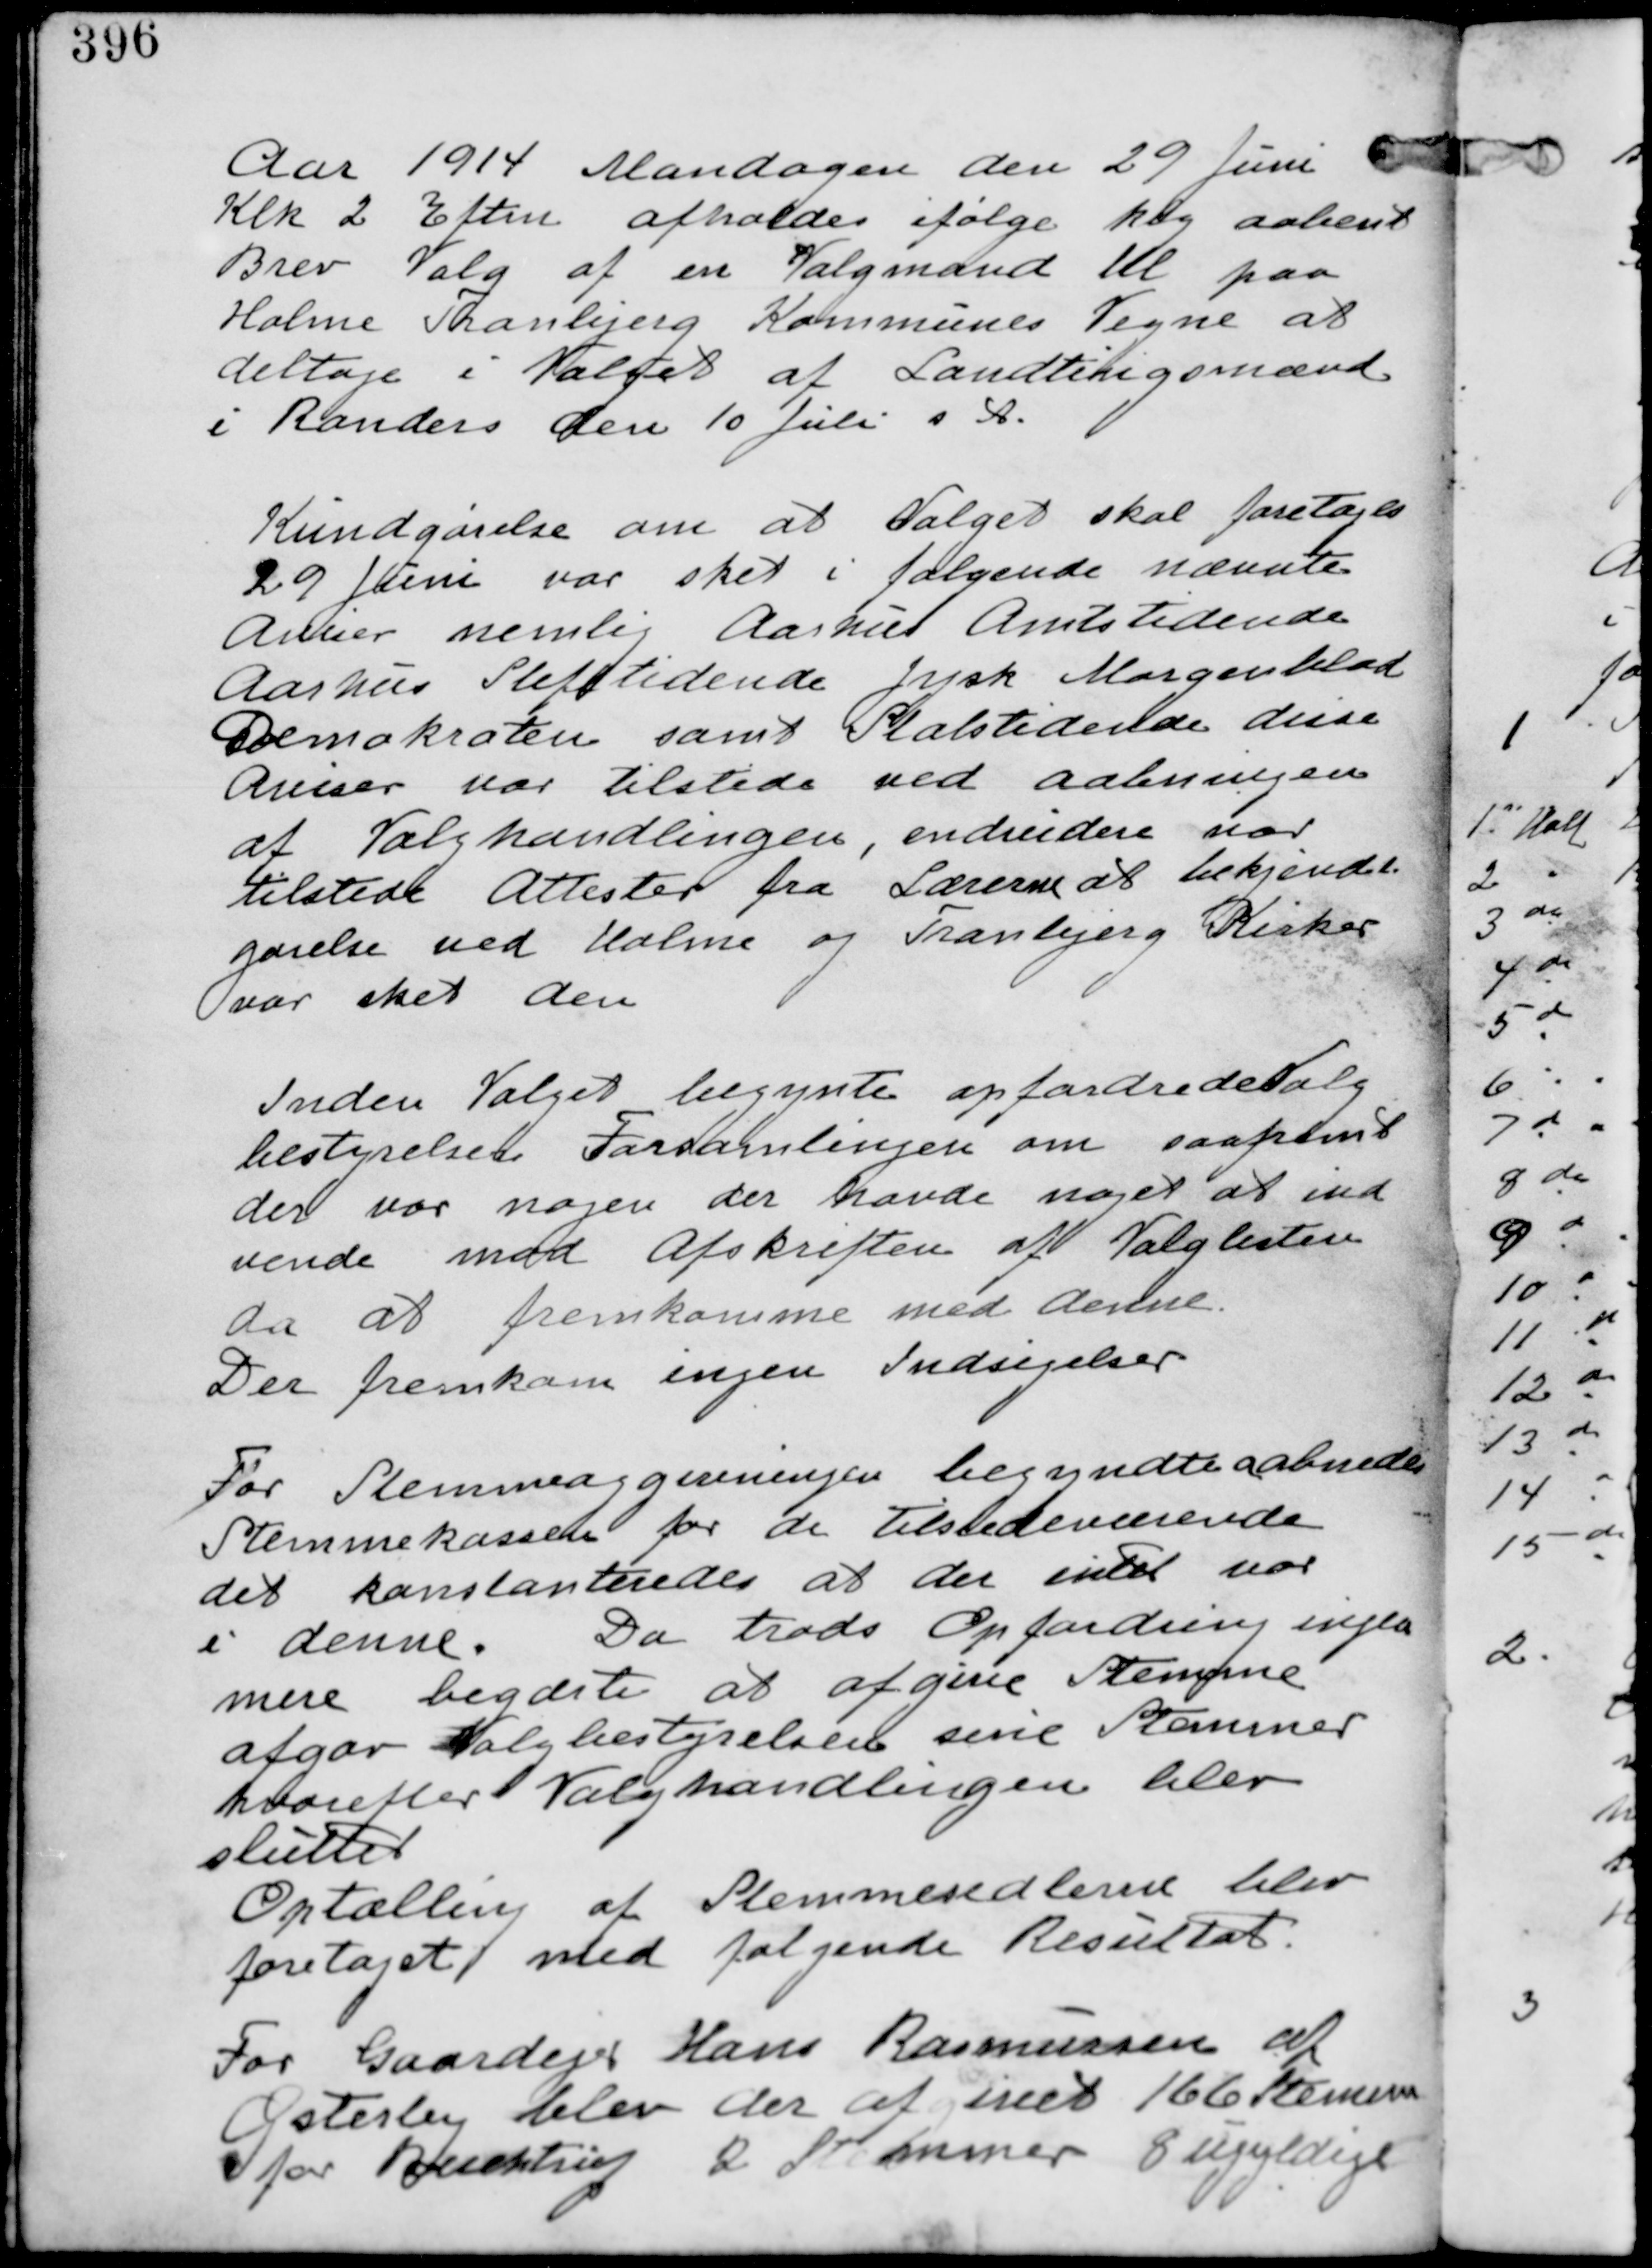
Transskription:
Aar 1914 Mandagen den 29 Juni
Klk 2 Eftm afholdes ifølge klg aabent
Brev Valg af en Valgmand til paa
Holme Tranbjerg Kommunes Vegne at
deltage i Valget af Landtingsmænd
i Randers den 10 Juli i A

Kundgørelse om at Valget skal foretages
29 Juni var sket i følgende nævnte
Aviser nemlig Aarhus Amtstidende
Aarhus Stifttidende Jysk Morgenblad
Demokraten samt Statstidende disse
Aviser var tilstede ved aabningen
af Valghandlingen, endvidere var
tilsted Attester fra Lærerne at bekjendt
gørelse ved Holme og Tranbjerg Kirker
var sket den

Inden valget begyndte opfordrede Valg
bestyrelsen Forsamlingen om saafremt
der var nogen der havde noget at ind
vende mod Afskriften af Valglisten
da at fremkomme med denne.
Der fremkom ingen Indsigelser.

Før Stemmeafgivningen begyndte aabnede
Stemmekassen for de Tilstedeværende
det konstateredes at der intet var
i denne. Da trods Opfordring ingen
mere begærte at afgive Stemme
afgav Valgbestyrelsen sine Stemmer
hvorefter Valghandlingen blev
sluttet
Optælling af Stemmesedlerne blev
foretaget med følgende Resultat
For Gaardejer Hans Rasmussen af
Østerby blev der afgivet 166 Stemmer
for Buchtrup 2 Stemmer 8 Ugyldige